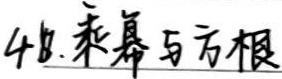
4.8. 乘幂与方根